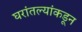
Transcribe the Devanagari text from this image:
घरांतल्यांकडून